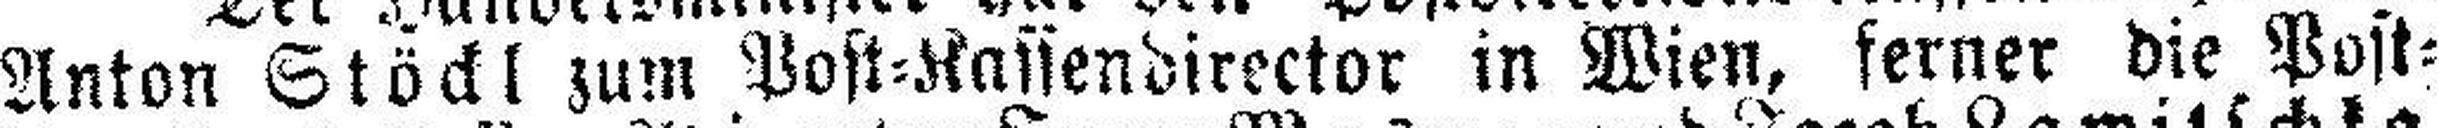
Anton Stöckl zum Post=Kassendirector in Wien, ferner die Post¬